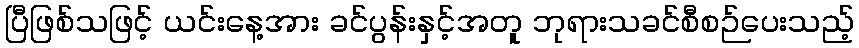
ပြီဖြစ်သဖြင့် ယင်းနေ့အား ခင်ပွန်းနှင့်အတူ ဘုရားသခင်စီစဉ်ပေးသည့်